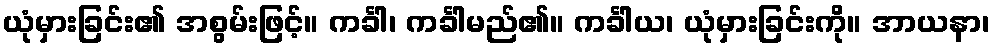
ယုံမှားခြင်း၏ အစွမ်းဖြင့်။ ကင်္ခါ၊ ကင်္ခါမည်၏။ ကင်္ခါယ၊ ယုံမှားခြင်းကို။ အာယနာ၊